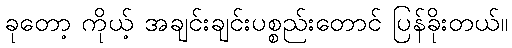
ခုတော့ ကိုယ့် အချင်းချင်းပစ္စည်းတောင် ပြန်ခိုးတယ်။